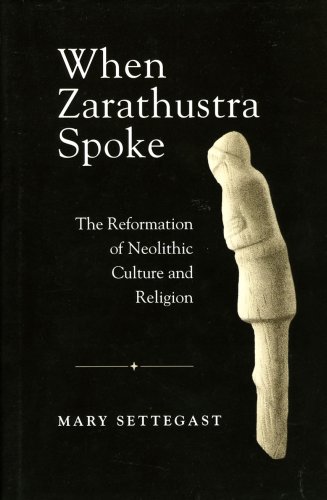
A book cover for When Zarathustra Spoke: The Reformation Of Neolithic Culture And Religion (Bibliotheca Iranica: Zoroastrian Studies); Mary Settegast; Religion & Spirituality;